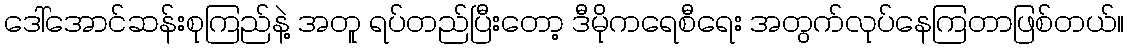
ဒေါ်အောင်ဆန်းစုကြည်နဲ့ အတူ ရပ်တည်ပြီးတော့ ဒီမိုကရေစီရေး အတွက်လုပ်နေကြတာဖြစ်တယ်။